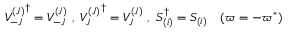
{ V _ { - J } ^ { ( J ) } } ^ { \dag } = V _ { - J } ^ { ( J ) } \ , \ { V _ { J } ^ { ( J ) } } ^ { \dag } = V _ { J } ^ { ( J ) } \ , \ S _ { ( i ) } ^ { \dag } = S _ { ( i ) } \quad ( \varpi = - \varpi ^ { \ast } )